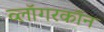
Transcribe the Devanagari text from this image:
व्लॉगरकॉन